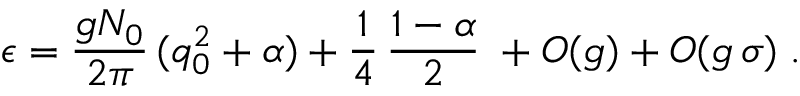
\epsilon = \frac { g N _ { 0 } } { 2 \pi } \, ( q _ { 0 } ^ { 2 } + \alpha ) + \frac { 1 } { 4 } \, \frac { 1 - \alpha } { 2 } \; + O ( g ) + O ( g \, \sigma ) \; .